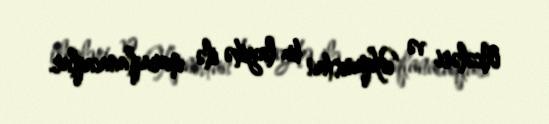
ölkələri və Əfqanıstan bu layihə ilə maraqlanacaqlar.